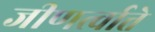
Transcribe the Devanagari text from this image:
जीणर्त्वात्ते